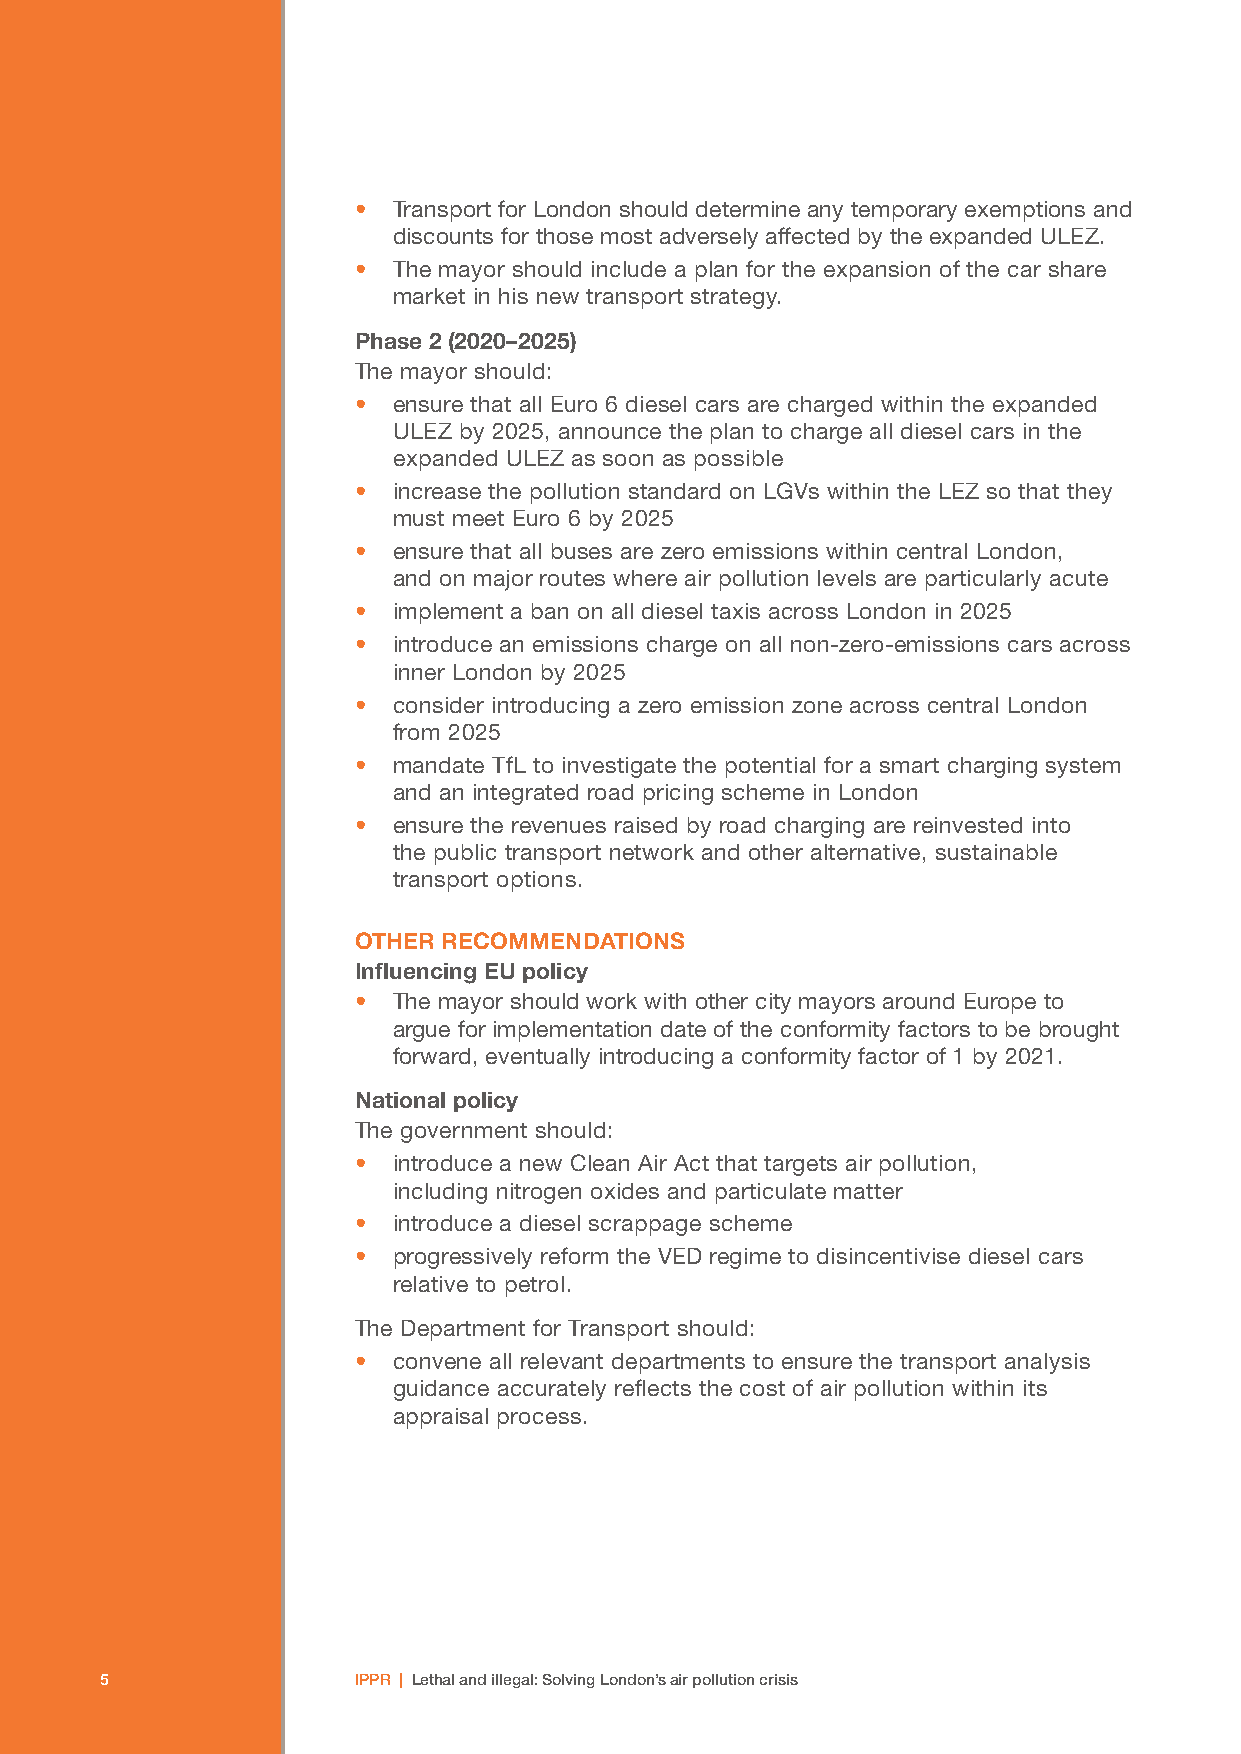
•  Transport for London should determine any temporary exemptions and
 discounts for those most adversely affected by the expanded ULEZ.
 •  The mayor should include a plan for the expansion of the car share
 market in his new transport strategy.
 Phase 2 (2020–2025)
 The mayor should:
 •  ensure that all Euro 6 diesel cars are charged within the expanded
 ULEZ by 2025, announce the plan to charge all diesel cars in the
 expanded ULEZ as soon as possible
 •  increase the pollution standard on LGVs within the LEZ so that they
 must meet Euro 6 by 2025
 •  ensure that all buses are zero emissions within central London,
 and on major routes where air pollution levels are particularly acute
 •  implement a ban on all diesel taxis across London in 2025
 •  introduce an emissions charge on all non-zero-emissions cars across
 inner London by 2025
 •  consider introducing a zero emission zone across central London
 from 2025
 •  mandate TfL to investigate the potential for a smart charging system
 and an integrated road pricing scheme in London
 •  ensure the revenues raised by road charging are reinvested into
 the public transport network and other alternative, sustainable
 transport options.
 OTHER RECOMMENDATIONS
 Influencing EU policy
 •  The mayor should work with other city mayors around Europe to
 argue for implementation date of the conformity factors to be brought
 forward, eventually introducing a conformity factor of 1 by 2021.
 National policy
 The government should:
 •  introduce a new Clean Air Act that targets air pollution,
 including nitrogen oxides and particulate matter
 •  introduce a diesel scrappage scheme
 •  progressively reform the VED regime to disincentivise diesel cars
 relative to petrol.
 The Department for Transport should:
 •  convene all relevant departments to ensure the transport analysis
 guidance accurately reflects the cost of air pollution within its
 appraisal process.
 55              IPPR | Lethal and illegal: Solving London’s air pollution crisis